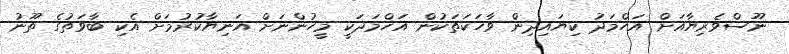
ނޫސްވެރިޔާއަށް އަހްމަދު ކިޔައިދިން ވާހަކަތަކުން އަހްމަދަކީ މީހުންނަށް އަނިޔާކުރުމަށް އެކި ބާވަތުގެ ތޫނު